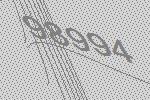
98994